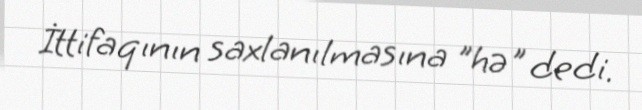
İttifaqının saxlanılmasına "hə" dedi.